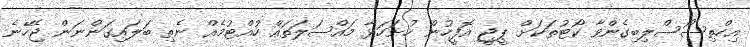
އިހްތިސޯސްލިބިގެންވާ ކޯޓުތަކަށް ޕީޖީ އޮފީހުން ހުށަހަޅާ މައްސަލަތައް ހުއްޓުމެއް ނެތި ބަލައިގަންނަން ޖެހޭނެ